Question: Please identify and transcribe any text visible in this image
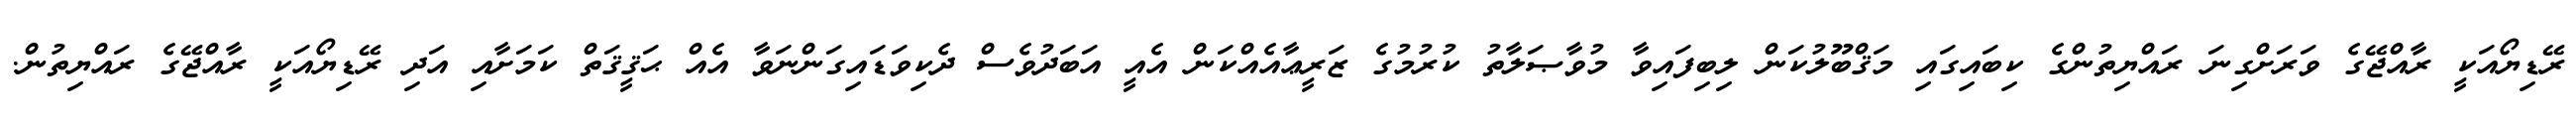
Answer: ރޭޑިޔޯއަކީ ރާއްޖޭގެ ވަރަށްގިނަ ރައްޔިތުންގެ ކިބައިގައި މަޤްބޫލުކަން ލިބިފައިވާ މުވާޞަލާތު ކުރުމުގެ ޒަރީޢާއެއްކަން އެއީ އަބަދުވެސް ދެކިވަޑައިގަންނަވާ އެއް ޙަޤީޤަތް ކަމަށާއި އަދި ރޭޑިޔޯއަކީ ރާއްޖޭގެ ރައްޔިތުން.